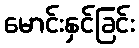
မောင်းနှင်ခြင်း